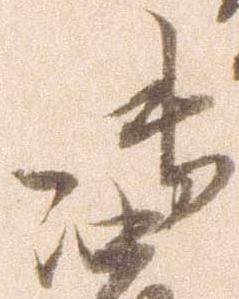
御